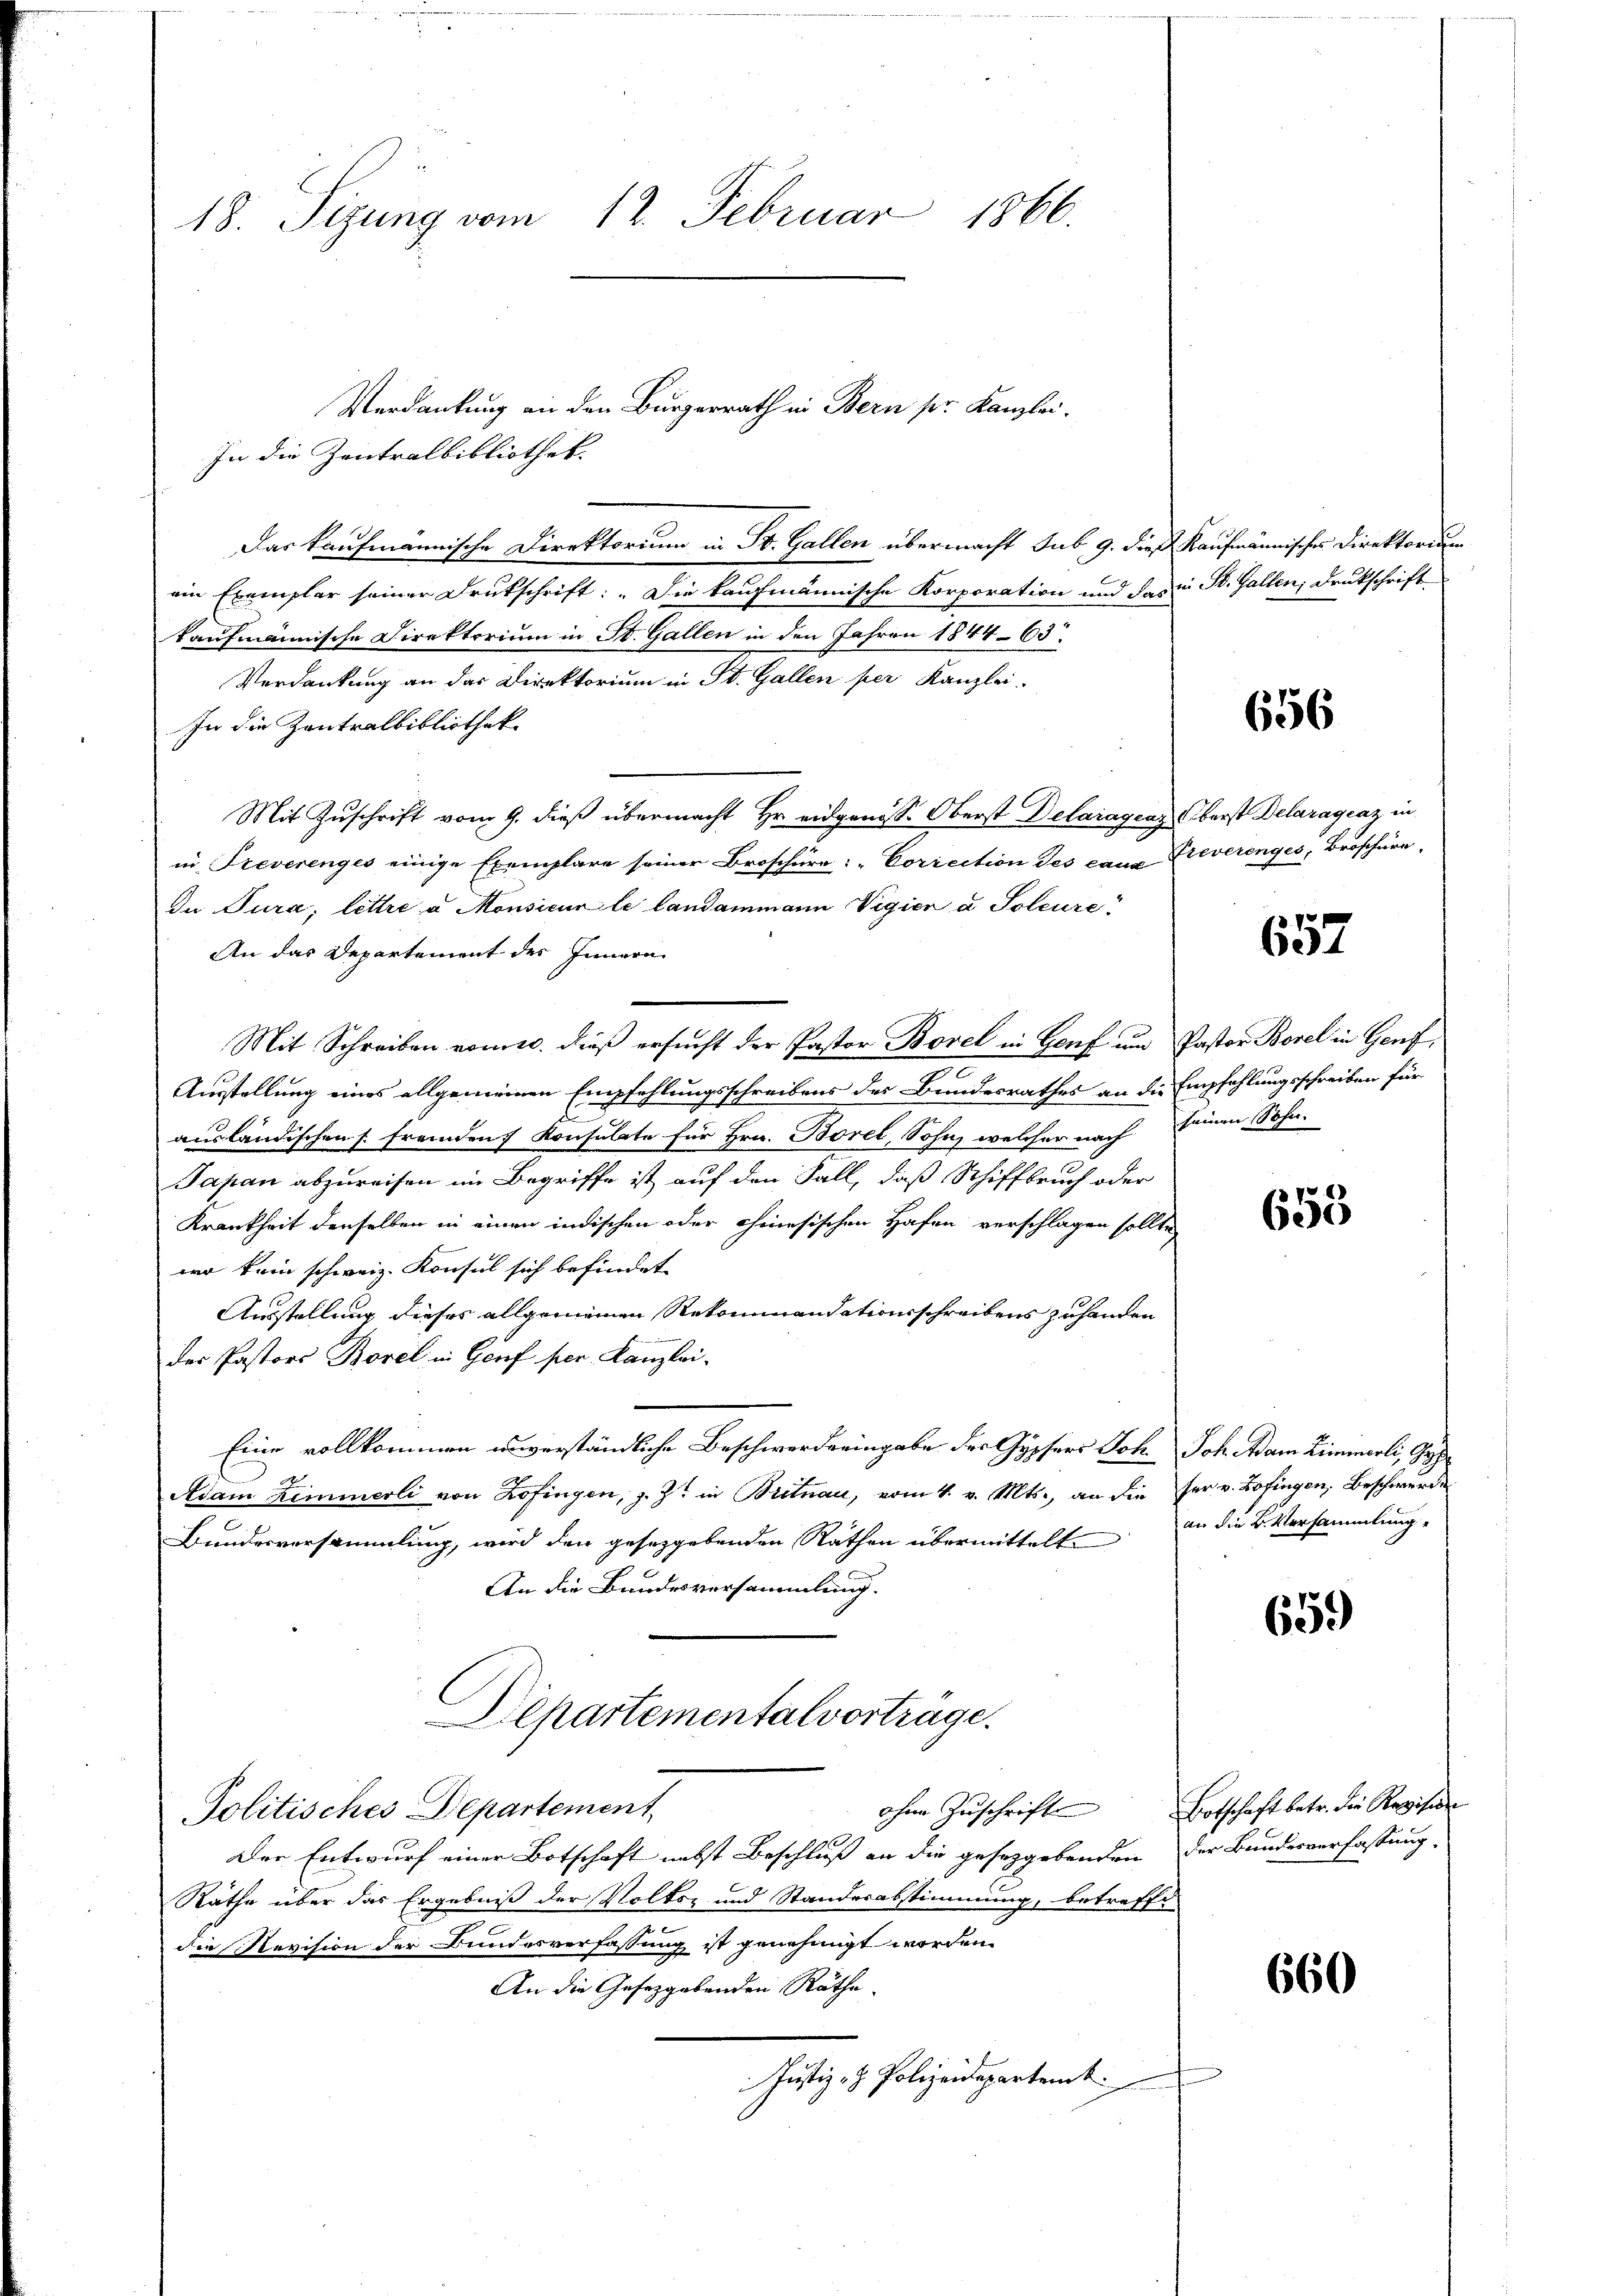
18. Sizung vom 12. Februar 1866.

In die Zentralbibliothek.
ein Exemplar seiner Drukschrift: „Die kaufmännische Korporation und das in St. Gallen, Druckschrift
kaufmännische Direktorium in St. Gallen in den Jahren 1844-63.
Verdankung an das Direktorium in St. Gallen per Kanzlei-
In die Zentralbibliothek.
Mit Zuschrift vom 9. dieß übermacht Hr. eidgenöss. Oberst Delaragens Oberst Delaragenz in
in Freverenges einige Exemplare seiner Broschüre: "Correction des caus Freverenges, Broschüre
de Tura, lettre a Monsieur le landammann Vigien u Poleure
An das Departement des Innern
Mit Schreiben vom 10. dieß ersucht der Pastor Borel in Genf und Pastor Borel in Genf,
Ausstellung eines allgemeinen Empfehlungsschreibens des Bundesrathes an die Empfehlungsschreiben für
ausländischen s. fremden Konsulate für Hrn. Borel, Sohn, welcher nach seinen Sohn.
Japan abzureisen im Begriffe ist auf den Fall, daß Schiffbruch oder
Krankheit denselben in einen indischen oder cheinesischen Hafen verschlagen sollte,
wo kein schweiz. Konsul sich befindet. |
Ausstellung dieses allgemeinen Rekommandationsschreibens zuhanden
der Pastors Borel in Genf per. Kanzlei-
Eine vollkommen unverständliche Beschwerde eingabe der Gypsers Joh. Joh. Adam Zimmerli, Ge
Adam Zimmerli von Zofingen, z. Z. in Britnau, vom 4. v. Mts., an die her v. Zofingen, Beschwerde
Bundesversammlung, wird den gesetzgebenden Räthen übermittelt an die B. Versammlung,
An die Bundesversammlung.
Departemental vortrage.
ohne Zuschrift Botschaft betr. die Revision
Politisches Departement,
Der Entwurf einer Botschaft nebst Beschluß an die gesetzgebenden der Bundesverfassung
Räthe über das Ergebniß der Volksz und Standesabstimmung, betreffe
e
die Revision der Bundesverfassung ist genehmigt worden.
An die Gesetzgebenden Räthe.
Justiz- & Polizeidepartent

Das kaufmännische Direktorium in St. Gallen übermacht sub. 9. dieß Kaufmännisches Direktorium

Verdankung an den Bürgerrath in Bern sr. Kanzlei.

656

657

659

659)

660